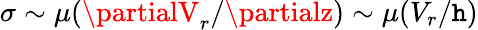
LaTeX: \sigma\sim\mu(\partialV_{r}/\partialz)\sim\mu(V_{r}/\mathtt{h})